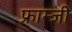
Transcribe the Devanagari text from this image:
फ्राम्जी